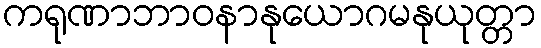
ကရုဏာဘာဝနာနုယောဂမနုယုတ္တာ